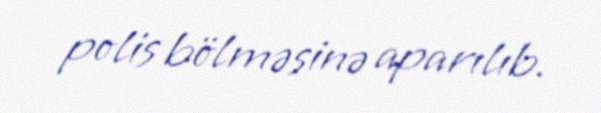
polis bölməsinə aparılıb.